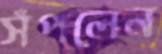
সঁপলেন